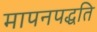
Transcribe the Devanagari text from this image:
मापनपद्धति